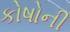
કોષોની